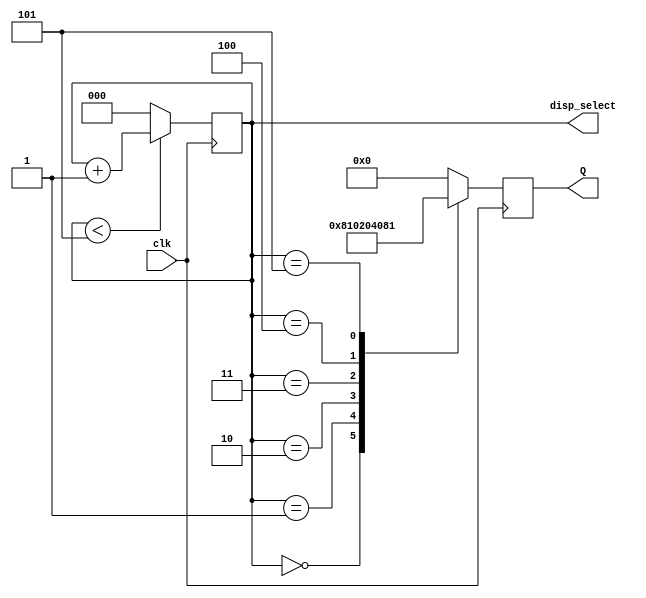
module dispselect(clk,disp_select,Q);

output [5:0] Q;
output [2:0] disp_select;
input  clk;

reg [5:0] Q;
reg [2:0] disp_select;

always @(posedge clk)
begin
	if(disp_select < 3'b101)
		disp_select <= disp_select + 3'b1;
	else
		disp_select <= 3'b0;
	case(disp_select)
	  3'b000: Q <= 6'b100000;
	  3'b001: Q <= 6'b010000;
	  3'b010: Q <= 6'b001000;
	  3'b011: Q <= 6'b000100;
	  3'b100: Q <= 6'b000010;
	  3'b101: Q <= 6'b000001;
	  default: Q <= 6'b000000;  
	endcase
end
endmodule